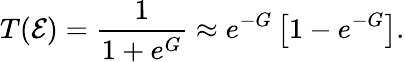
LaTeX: T({\cal E})=\frac{1}{1+e^{G}}\approx e^{-G}\left[1-e^{-G}\right].